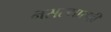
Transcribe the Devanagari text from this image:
नसल्यासही